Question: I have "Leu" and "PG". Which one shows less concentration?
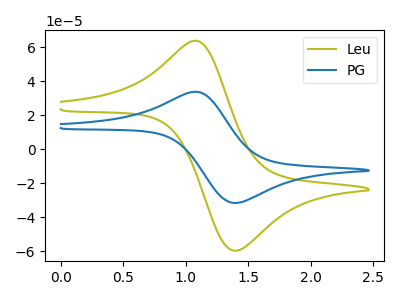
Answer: <think>The olive curve "Leu" has an anodic peak at (1.10V, 63.80uA) and a cathodic peak at (1.40V, -59.80uA). The blue curve "PG" has an anodic peak at (1.10V, 33.75uA) and a cathodic peak at (1.40V, -31.65uA).
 All the peaks in "Leu" have a peak in "PG" at the same potential. Every peak in "Leu" is higher than every peak in "PG".</think>
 <answer>"Leu" has more signal than "PG" and so likely has a higher concentration.</answer>
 <eval>more_concentration</eval>